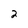
Character: 2